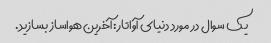
یک سوال در مورد دنیای آواتار: آخرین هواساز بسازید.